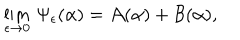
\lim _ { \epsilon \to 0 } \, \Psi _ { \epsilon } ( \alpha ) = { \cal A } ( \alpha ) + { \cal B } ( \alpha ) ,